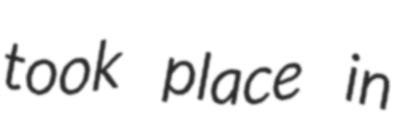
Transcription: took place in